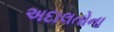
અદાલતોના